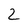
Character: 2